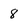
Character: 8